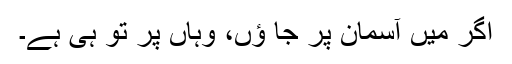
اگر میں آسمان پر جا ؤں، وہاں پر تُو ہی ہے۔